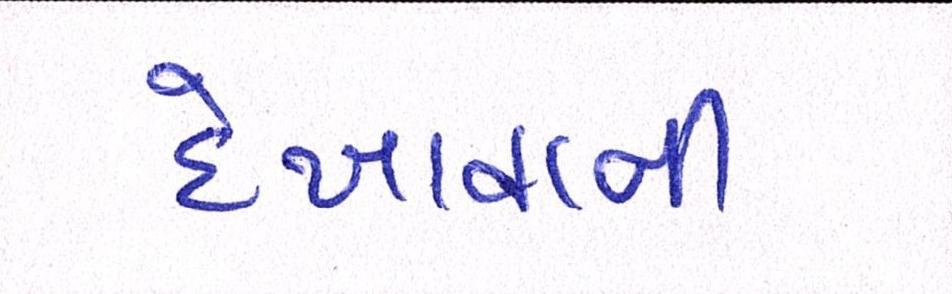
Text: દેખાવાની